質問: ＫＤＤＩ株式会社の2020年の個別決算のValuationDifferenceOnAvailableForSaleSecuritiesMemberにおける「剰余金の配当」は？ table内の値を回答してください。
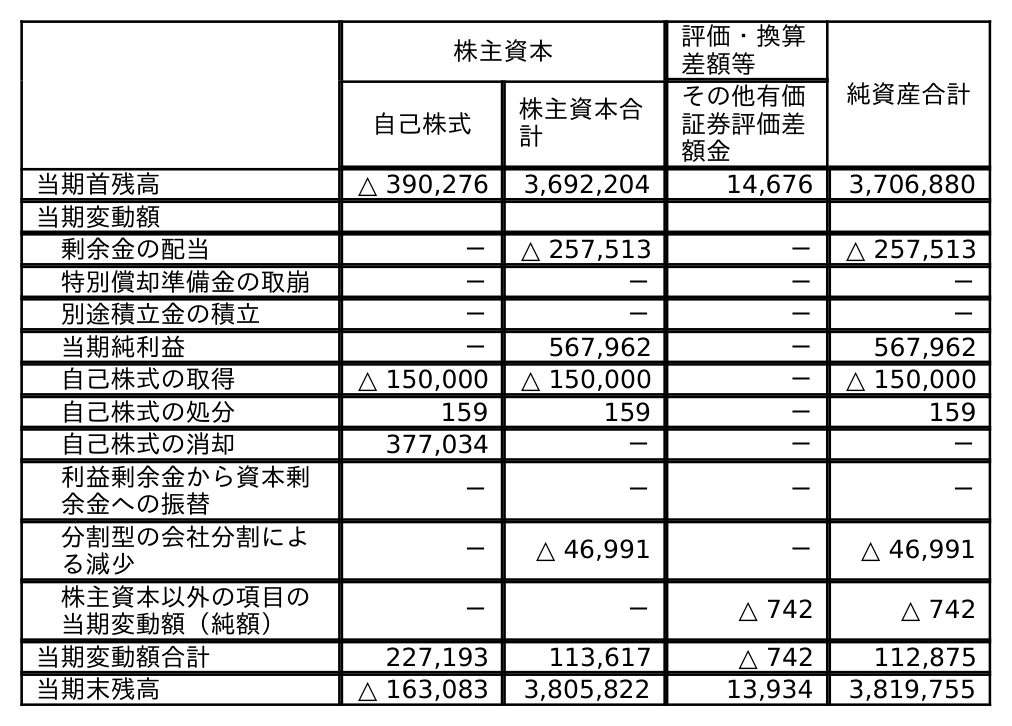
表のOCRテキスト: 株主資本 評価・換算 差額等 純資産合計 自己株式 株主資本合 計 その他有価 証券評価差 額金 当期首残高 △ 390,276 3,692,204 14,676 3,706,880 当期変動額 剰余金の配当 － △ 257,513 － △ 257,513 特別償却準備金の取崩 － － － － 別途積立金の積立 － － － － 当期純利益 － 567,962 － 567,962 自己株式の取得 △ 150,000 △ 150,000 － △ 150,000 自己株式の処分 159 159 － 159 自己株式の消却 377,034 － － － 利益剰余金から資本剰 余金への振替 － － － － 分割型の会社分割によ る減少 － △ 46,991 － △ 46,991 株主資本以外の項目の 当期変動額（純額） － － △ 742 △ 742 当期変動額合計 227,193 113,617 △ 742 112,875 当期末残高 △ 163,083 3,805,822 13,934 3,819,755
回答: －